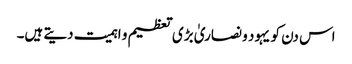
اس دن کو یہود و نصاریٰ بڑی تعظیم و اہمیت دیتے ہیں۔